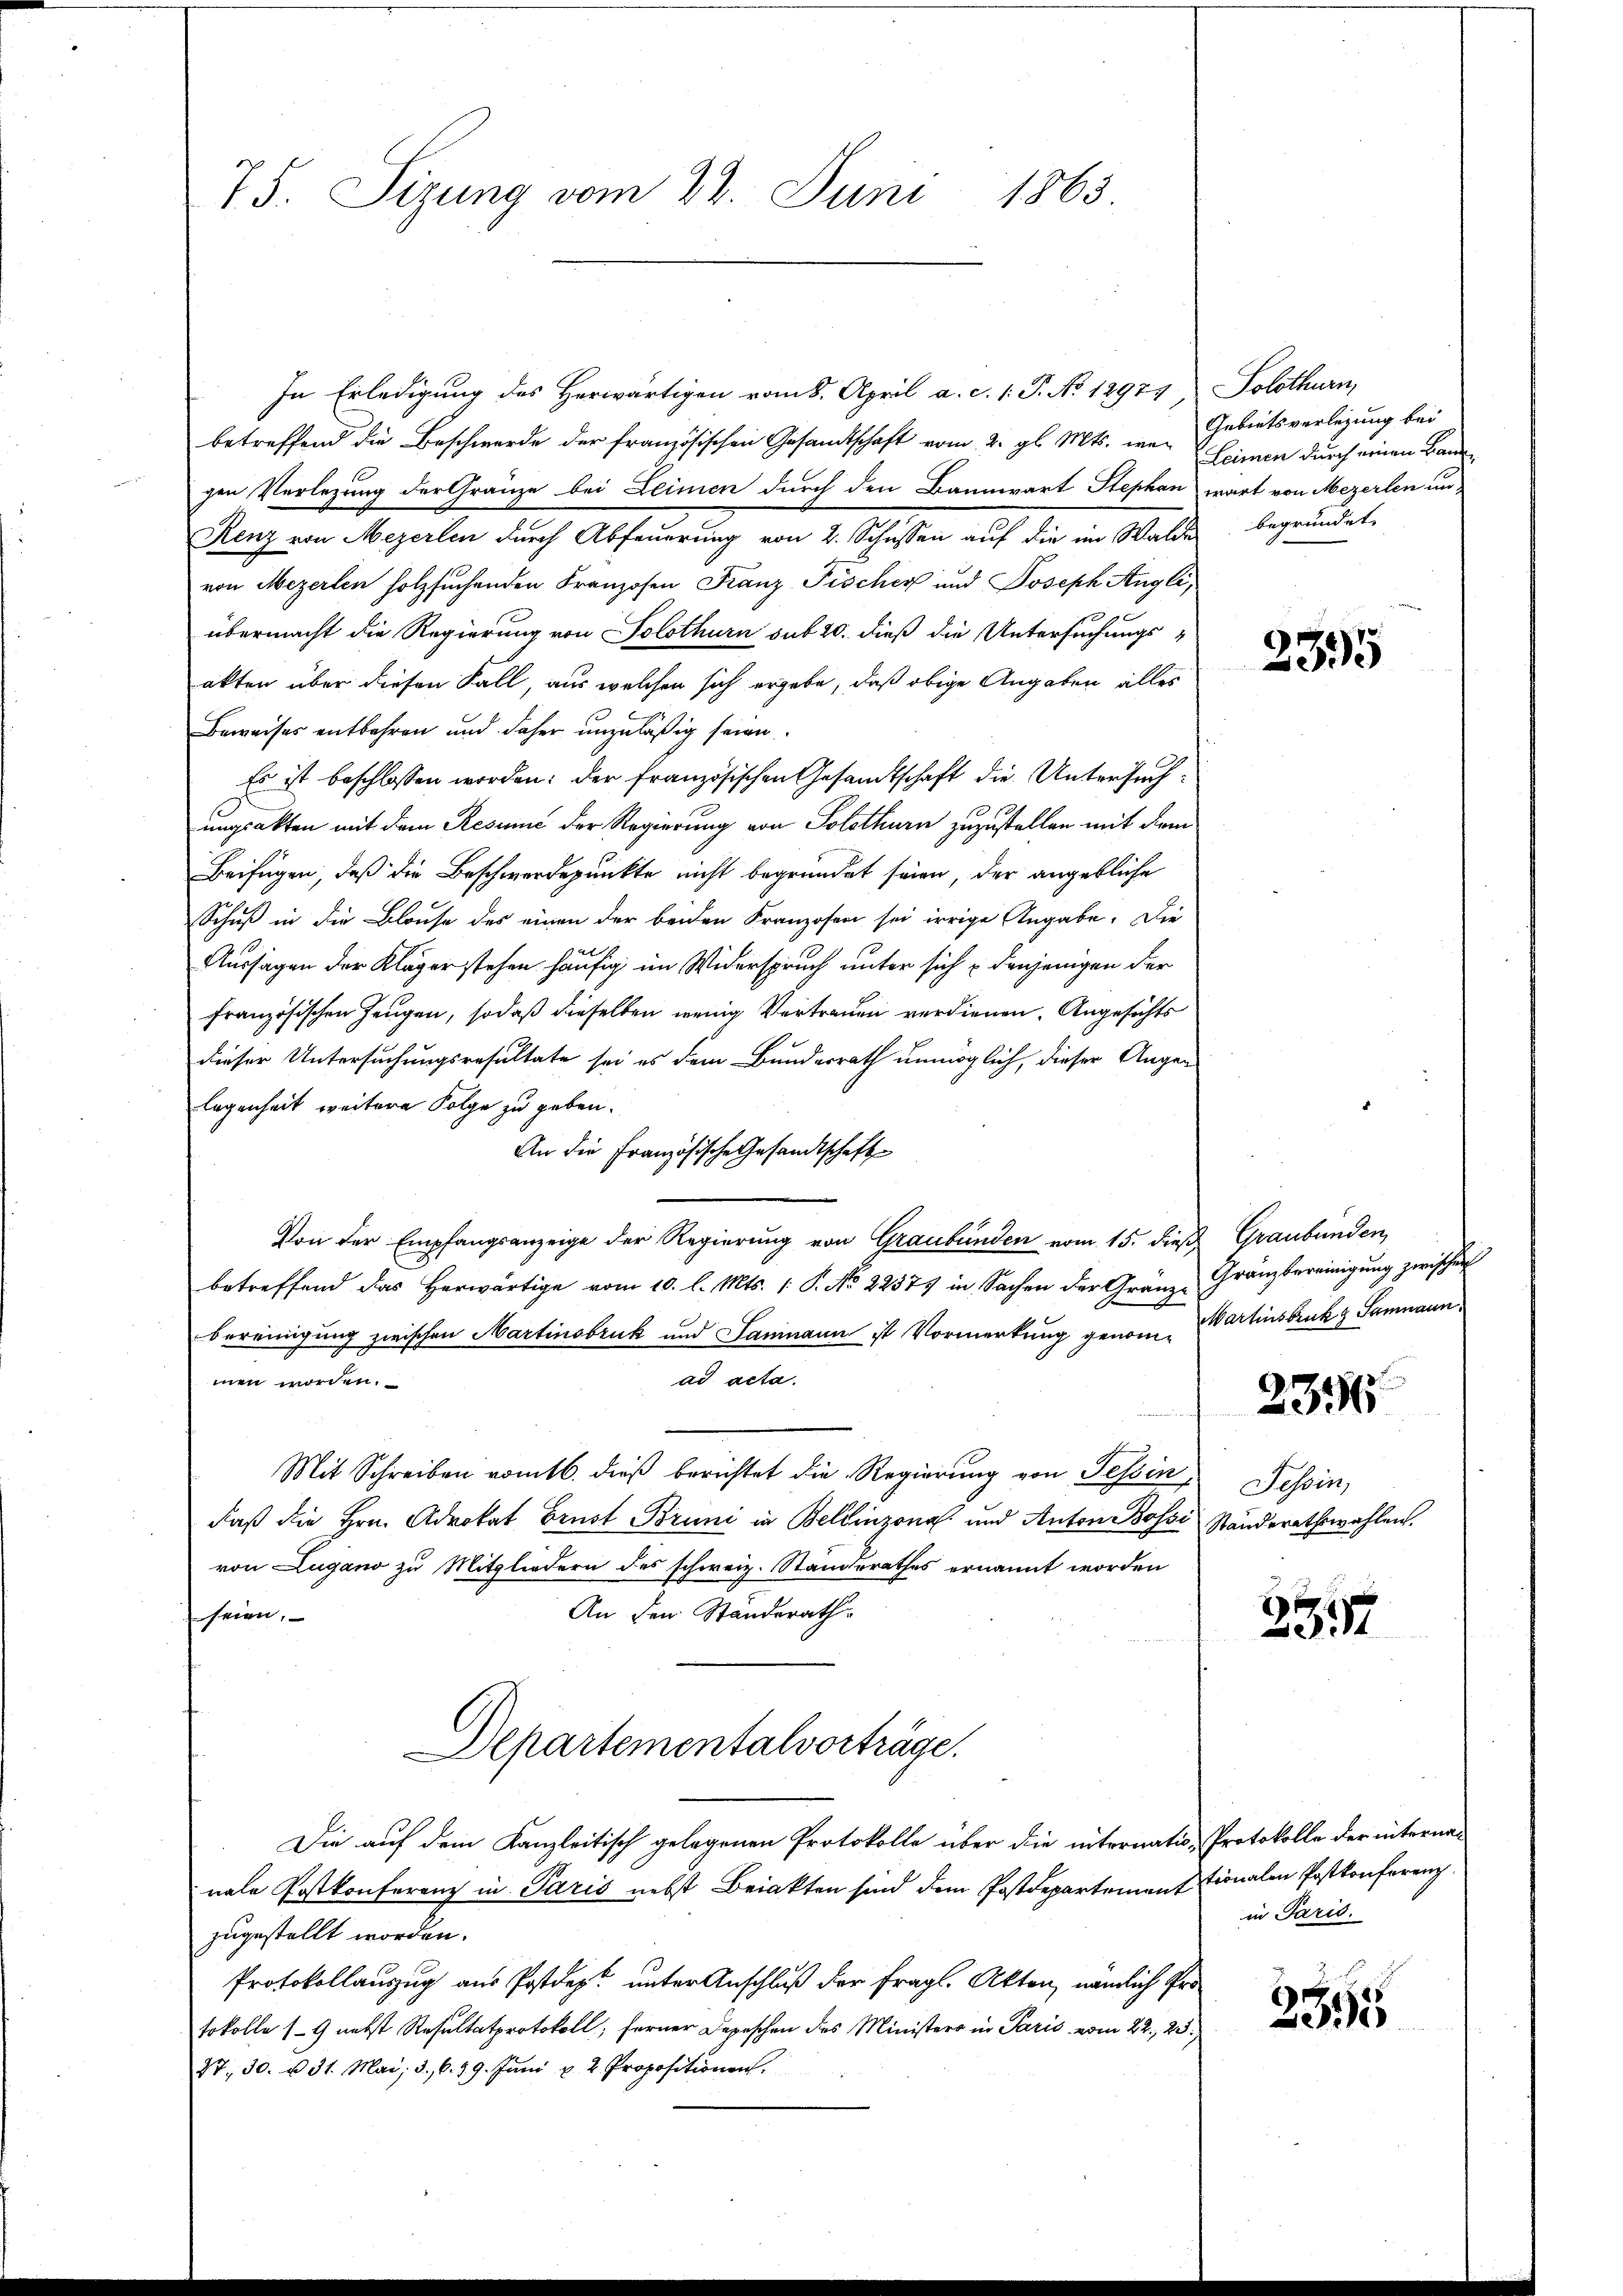
75. Sizung vom 22. Juni 1863

In Erledigung des Herwärtigen vom 8. April a. c. 1. P. No 12971) Solothurn,
betreffend die Beschwerde der französischen Gesandtschaft vom 2. gl. Mts. wei
gen Verlegung der Gränze bei Leimen durch den Bannwart Stephan
Renz von Mezerlen durch Abfeuerung von 2. Schüssen auf die im Walde begründet,
von Mezerten holzsuchenden Franzosen Franz Fischer und Joseph Angli,
109
übermacht die Regierung von Solothurn sub 20. dieß die Untersuchungs-
akten über diesen Fall, aus welchen sich ergebe, daß obige Angaben alles
Beweises entbehren und daher unzuläßig seien.
Es ist beschlossen worden; der französischen Gesandtschaft die Untersuchungsakten mit dem Resume der Regierung von Solothurn zuzustellen mit dem
Beifügen, daß die Beschwerdepunkte nicht begründet seien, der angebliche
Schuß in die Blause des einen der beiden Franzosen sei irrige Angabe. Die
Aussagen der Kläger stehen häufig im Widerspruch unter sich denjenigen der
französischen Zeugen, sodaß dieselben wenig Vertrauen verdienen. Angesichts
dieser Untersuchungsresultate sei es dem Bunderrath unmöglich, dieser Augen
legenheit weitere Folge zu geben.
An die Französische Gesandtschaft
Von der Empfangsanzeige der Regierung von Graubünden vom 15. dieß Graubünden,
betreffend das Herwärtige vom 10. l. Mts. (: P. No 22379 in Sachen der Granze
bereinigung zwischen Martinsbruk und Samnaun ist Vormerkung genomad acta.
men worden.
Mit Schreiben vom 16. dieß berichtet die Regierung von Tessin,
daß die Hrn. Advokat Brust Brund in Bellinzona und Anton Bossi
von Lugano zu Mitgliedern des schweiz. Standerathes ernannt worden
An den Ständerath
seien.
Departementalvorträge.
Die auf dem Kanzleitisch gelegenen Protokolle über die internatio - Protokolle der internan
nale Postkonferenz in Paris nebst Briakten sind dem Postdepartement tionalen Postkonferenz
zugestellt worden.
Protokollauszug aus Postdep unter Anschluß der fragl. Akten, nämlich Protokolle 19 nebst Resultatprotokoll; ferner Depeschen des Ministero in Paris vom 22., 23.
27. 30. u 31. Mai, 3. 6. 19. Jŭni u. 2 Propositionen.

Gebietsverlegung bei
Leimen durch einen Bauwart von Mezerlen un

235

Gränzbereinigung zwischen
Martinsbruk z Samnaun,

235

Tessin,
Standerathswahlen.

2317

in Paris.

3351